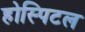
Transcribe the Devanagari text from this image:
होस्पिटल